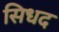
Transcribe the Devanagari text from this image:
सिधद